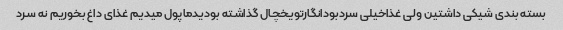
بسته بندی شیکی داشتین ولی غذاخیلی سردبودانگارتویخچال گذاشته بودیدماپول میدیم غذای داغ بخوریم نه سرد